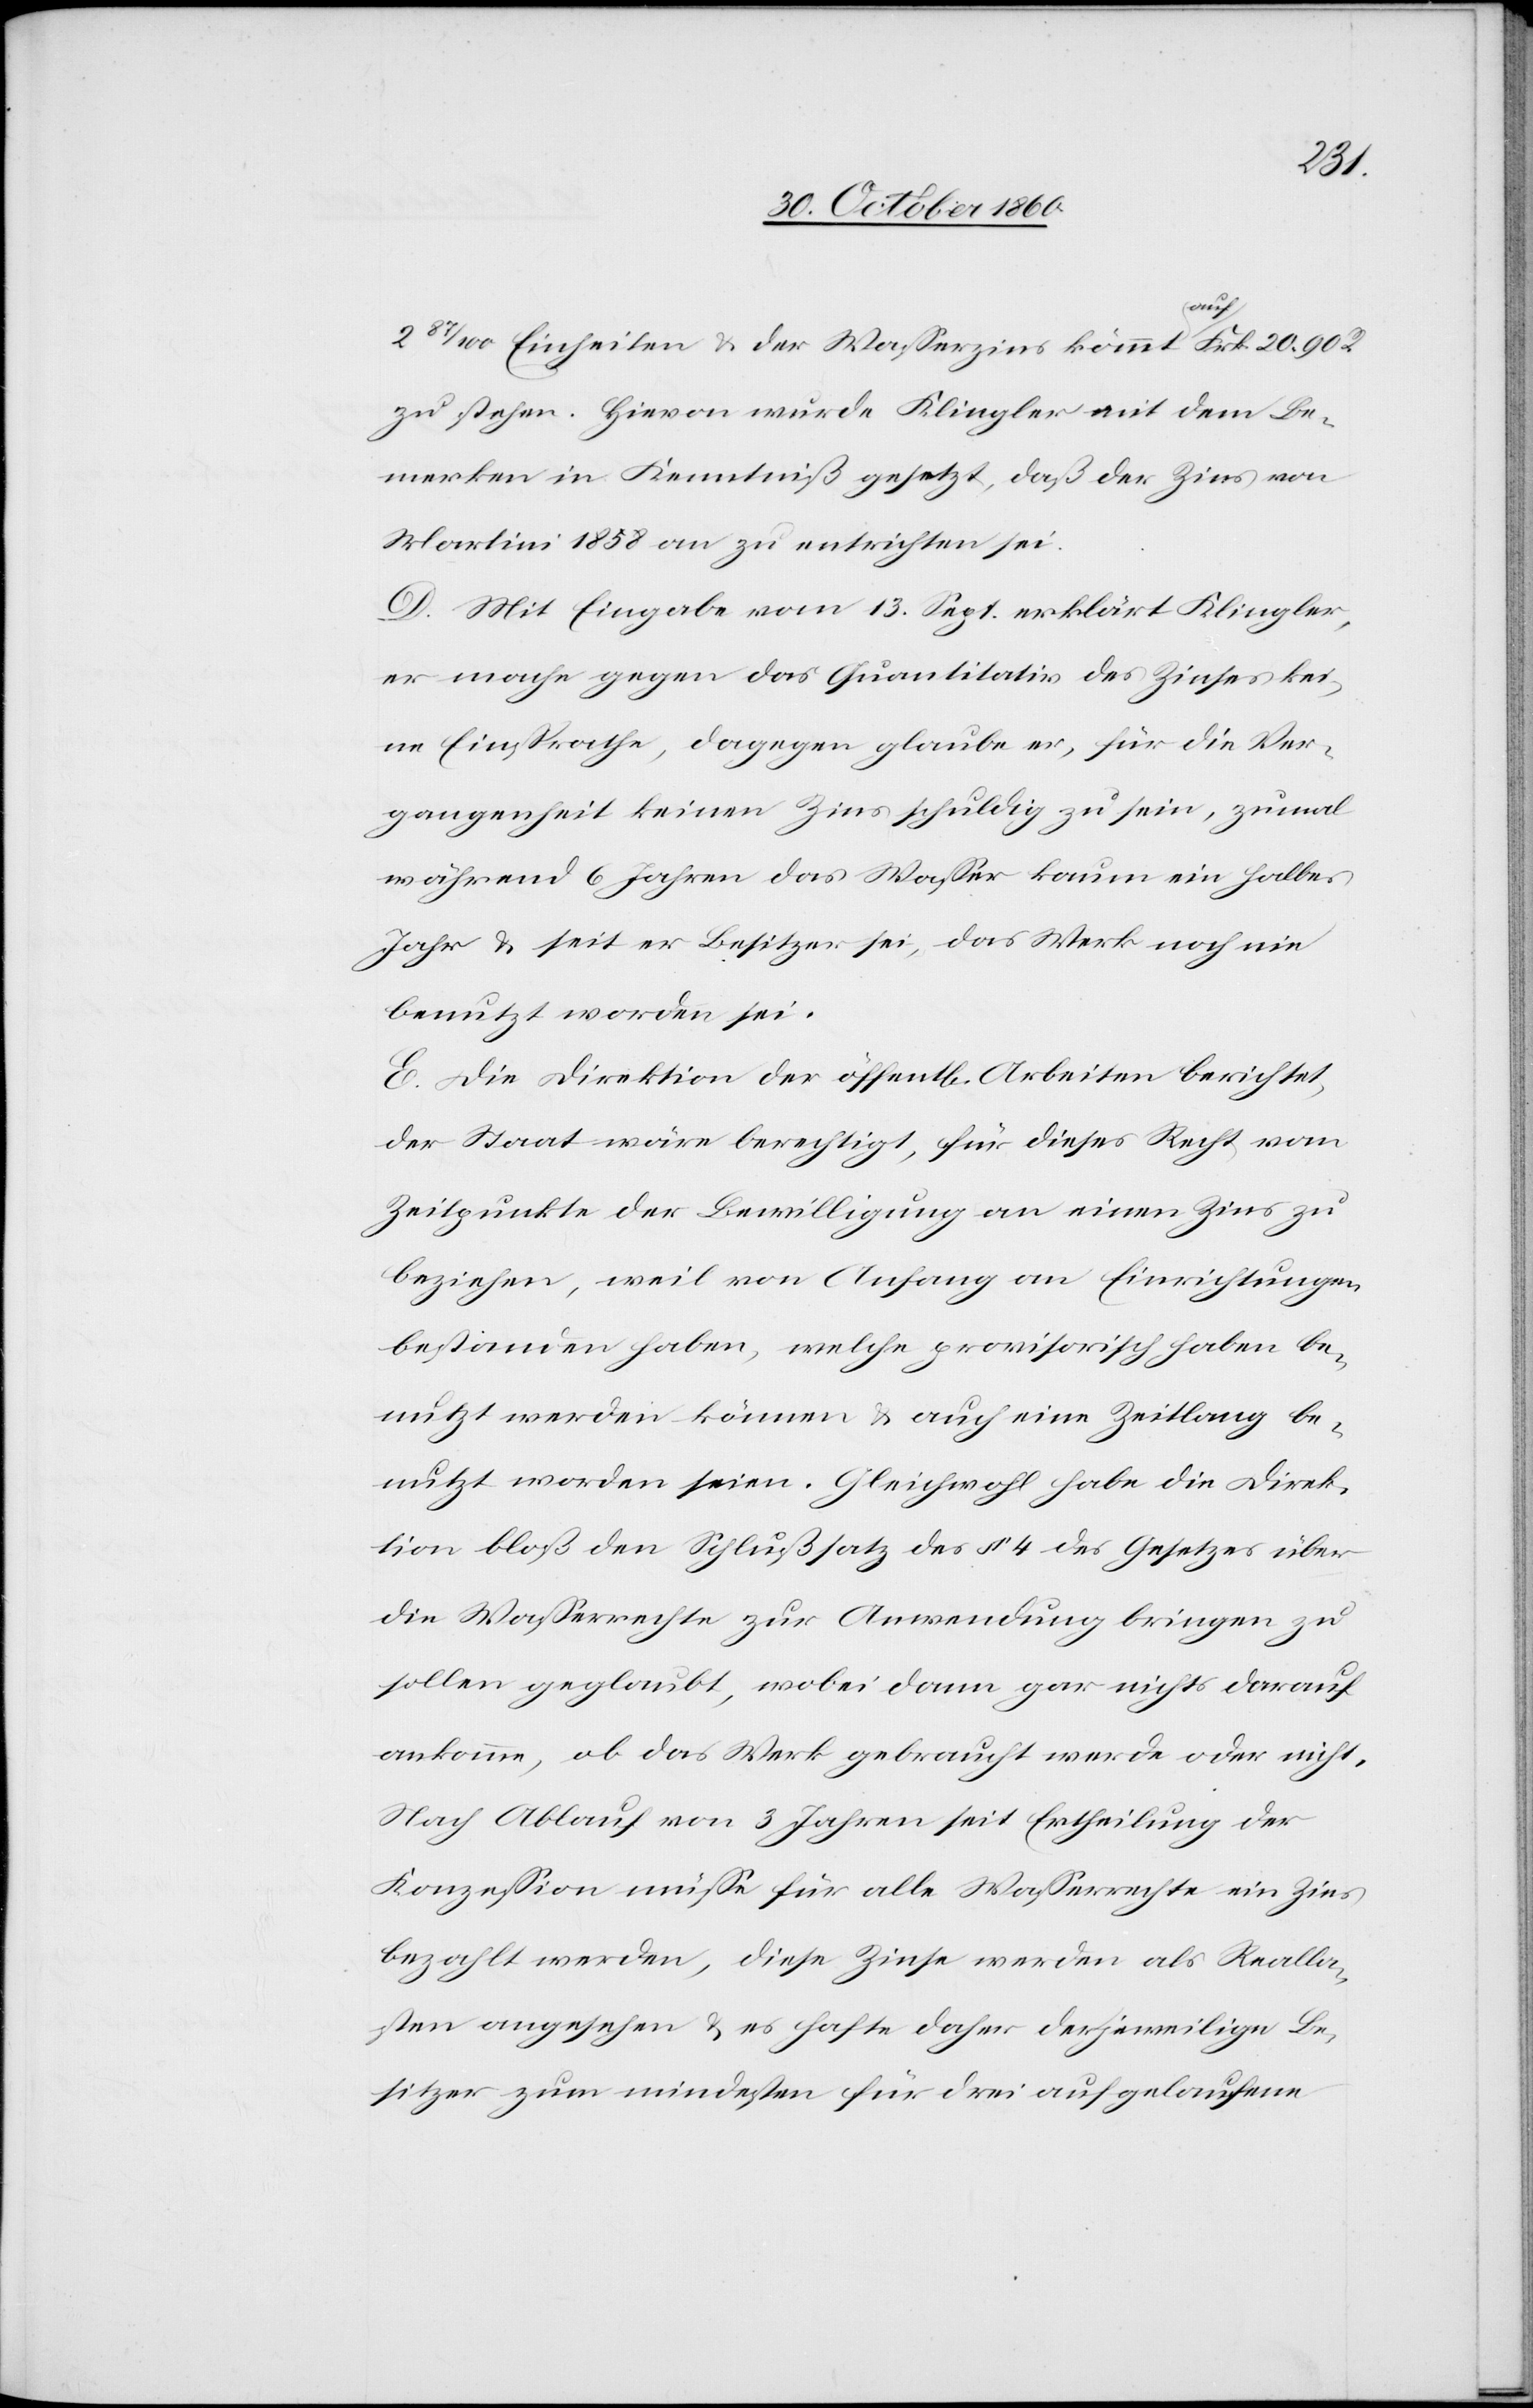
Einheiten u. der Wasserzins kommt auf Frk. 20 90 R.
zu stehen. Hievon wurde Klingler mit dem Be¬
merken in Kenntniß gesetzt, daß der Zins von
Martini 1858 an zu entrichten sei.
D. Mit Eingabe vom 13. Sept. erklärt Klingler,
er mache gegen das Quantitativ des Zinses kei¬
ne Einsprache, dagegen glaube er, für die Ver¬
gangenheit keinen Zins schuldig zu sein, zumal
während 6 Jahren das Wasser kaum ein halbes
Jahr u. seit er Besitzer sei, das Werk noch nie
benutzt worden sei.
E. Die Direktion der öffent[lichen] Arbeiten berichtet,
der Staat wäre berechtigt, für dieses Recht vom
Zeitpunkt der Bewilligung an einen Zins zu
beziehen, weil von Anfang an Einrichtungen
bestanden haben, welche provisorisch haben be¬
nutzt werden können u. auch eine Zeitlang be¬
nutzt worden seien. Gleichwohl habe die Direk¬
tion bloß den Schlußsatz des § 4 des Gesetzes über
die Wasserrechte zur Anwendung bringen zu
sollen geglaubt, wobei dann gar nichts darauf
ankomme, ob das Werk gebraucht werde oder nicht.
Nach Ablauf von 3 Jahren seit Ertheilung der
Konzession müsse für alle Wasserrechte ein Zins
bezahlt werden, diese Zinse werden als Realla¬
sten angesehen u. es habe daher der jeweilige Be¬
sitzer zum mindesten für drei aufgelaufene